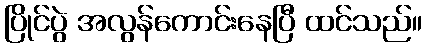
ပြိုင်ပွဲ အလွန်ကောင်းနေပြီ ထင်သည်။